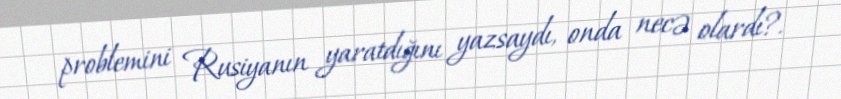
problemini Rusiyanın yaratdığını yazsaydı, onda necə olardı?.